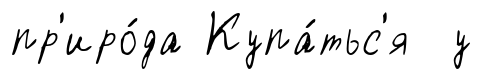
пр'иро́да Купа́тьс'я у